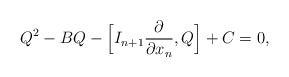
\begin{align*} Q^2 - BQ - \Bigl[I_{n+1}\frac{\partial }{\partial x_n},Q\Bigr] + C = 0, \end{align*}